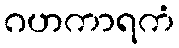
ဂဟကာရကံ